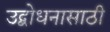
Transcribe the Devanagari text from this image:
उद्बोधनासाठी